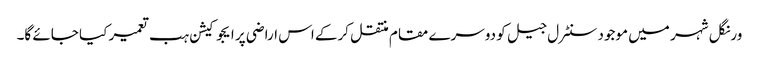
ورنگل شہر میں موجود سنٹرل جیل کو دوسرے مقام منتقل کرکے اس اراضی پر ایجوکیشن ہب تعمیر کیا جائے گا۔